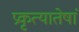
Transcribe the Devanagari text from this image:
प्रकृत्यातेषां